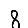
Digit: 8